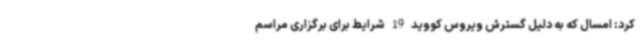
کرد: امسال که به دلیل گسترش ویروس کووید 19 شرایط برای برگزاری مراسم